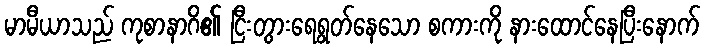
မာမီယာသည် ကုစာနာဂိ၏ ငြီးတွားရေရွတ်နေသော စကားကို နားထောင်နေပြီးနောက်